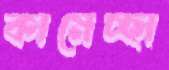
কামেচ্ছা